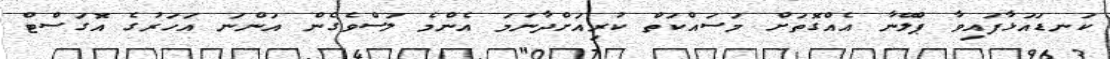
ކަނޑައަޅާފައިވާ ޕްލޭނާ އެއްްގޮތަށް މަސައްކަތް ކުރިއަށްދާނަމަ އެންމެ ލަސްވެގެން އަންނަ އަހަރުގެ އޮގަސްޓް